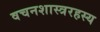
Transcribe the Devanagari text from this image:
वचनशास्त्ररहस्य